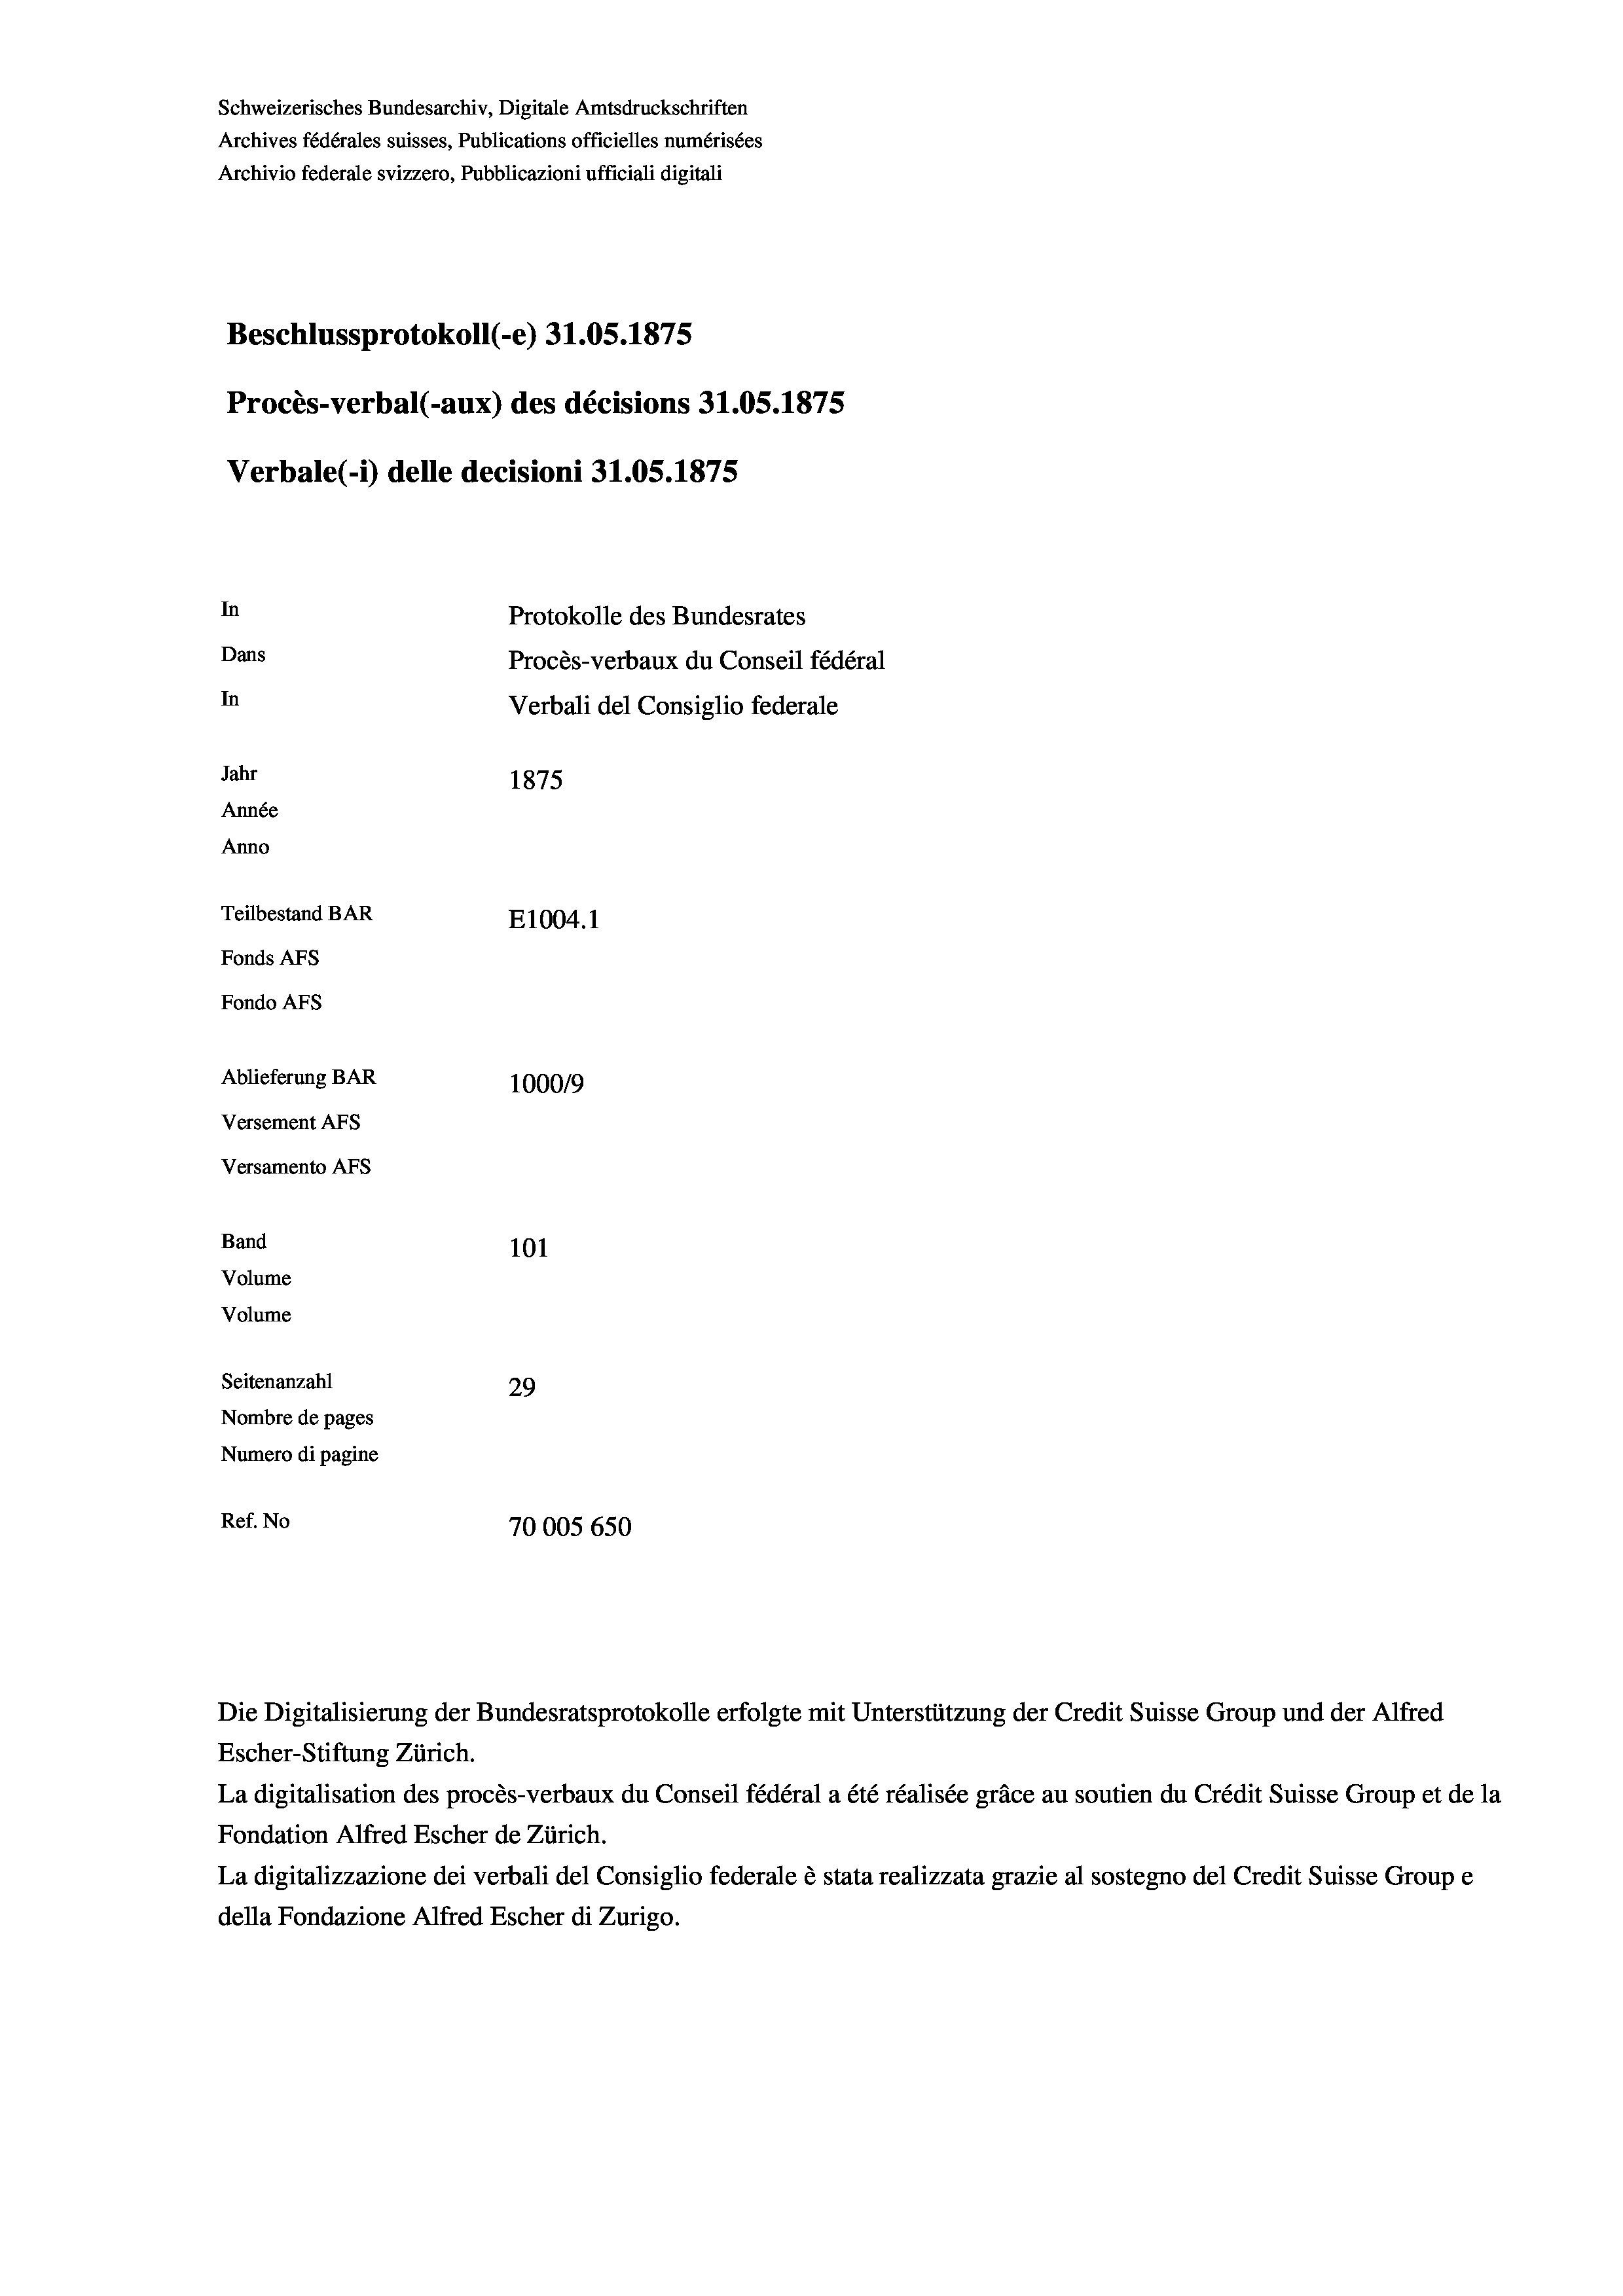
Schweizerisches Bundesarchiv, Digitale Amtsdruckschriften
Archives fédérales suisses, Publications officielles numérisées
Archivio federale svizzero, Pubblicazioni ufficiali digitali
Beschlussprotokoll (-e) 31.05. 1875
Procès-verbal (-aux) des décisions 31.05. 1875
Verbale(*) delle decisioni 31.05. 1875
In
Protokolle des Bundesrates
Dans
Procès-verbaux du Conseil fédéral
In
Verbali del Consiglio federale
Jahr
1875
Année
Anno
Teilbestand BAR
E1004. 1
Fonds AFs
Fondo AFs
Ablieferung BAR
1000/9
Versement Abs
Versamento AFs
Band
101
Volume
Volume
Seitenanzahl
29
Nombre de pages
Numero di pagine
Ref. No
70005 650

Escher-Stiftung Zürich.
La digitalisation des procès-verbaux du Conseil fédéral a été réalisée gräce au soutien du Crédit Suisse Group et de la
Fondation Alfred Escher de Zürich.
La digitalizzazione dei verbali del Consiglio federale è stata realizzata grazie al sostegno del Credit Suisse Groupe
della Fondazione Alfred Escher di Zurigo.

Die Digitalisierung der Bundesratsprotokolle erfolgte mit Unterstützung der Credit Suisse Group und der Alfred